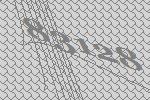
83128